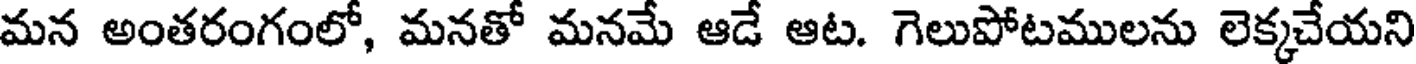
మన అంతరంగంలో, మనతో మనమే ఆడే ఆట. గెలుపోటములను లెక్కచేయని